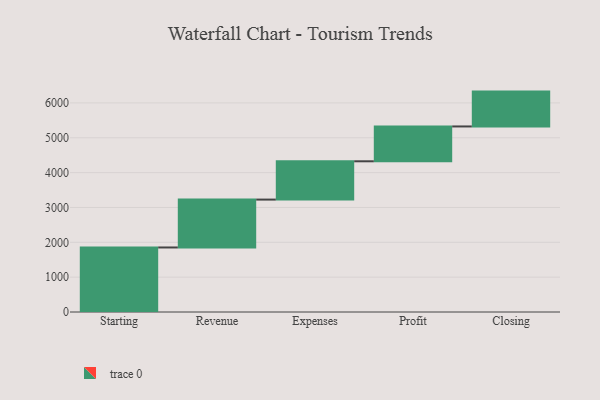
{"axis": {"x": "Step", "y": "Value"}, "legend": [""], "data": [{"x": "Starting", "y": 1852.0, "type": ""}, {"x": "Revenue", "y": 1374.0, "type": ""}, {"x": "Expenses", "y": 1099.0, "type": ""}, {"x": "Profit", "y": 1000, "type": ""}, {"x": "Closing", "y": 1000, "type": ""}]}